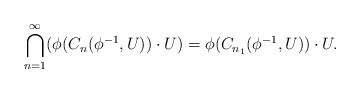
\begin{align*}\bigcap_{n=1}^\infty (\phi(C_{n}(\phi^{-1},U))\cdot U)=\phi(C_{n_1}(\phi^{-1},U))\cdot U.\end{align*}